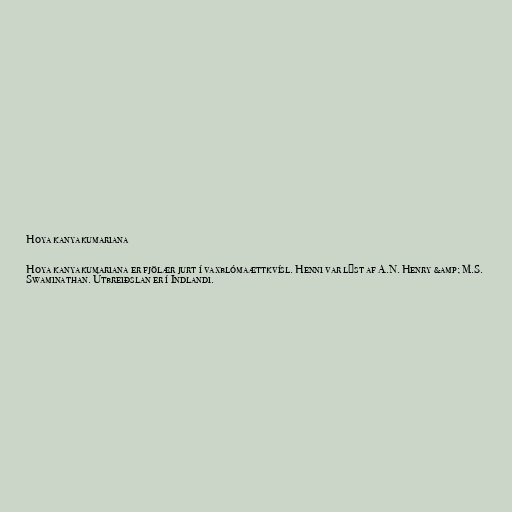
Hoya kanyakumariana

Hoya kanyakumariana er fjölær jurt í vaxblómaættkvísl. Henni var lýst af A.N. Henry &amp; M.S.
Swaminathan. Útbreiðslan er í Indlandi.